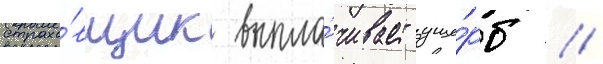
страхо́вщик выпла́чивает уще́рб /